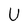
Character: U